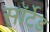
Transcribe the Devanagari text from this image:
सॉर्टेड